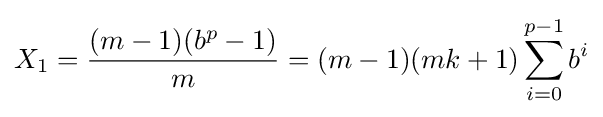
X_{1}={\frac {(m-1)(b^{p}-1)}{m}}=(m-1)(mk+1)\sum _{i=0}^{p-1}b^{i}